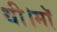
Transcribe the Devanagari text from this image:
थी।माॅ